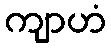
ကျာဟံ